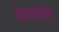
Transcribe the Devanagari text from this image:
मेहरावनुमा